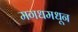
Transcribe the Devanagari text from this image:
मगधमधून